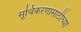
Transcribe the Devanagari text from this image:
सूचिकरणासाठीच्या